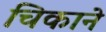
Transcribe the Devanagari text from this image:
चिकाने